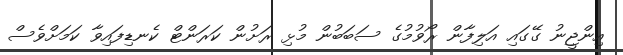
އިންޖީނު ގޭގައި އަލިފާން ރޯވުމުގެ ސަބަބުން މުޅި ރަށުން ކަރަންޓް ކެނޑިފައިވާ ކަމަށްވެސް